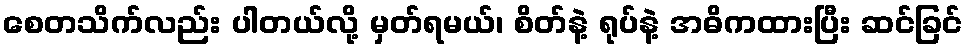
စေတသိက်လည်း ပါတယ်လို့ မှတ်ရမယ်၊ စိတ်နဲ့ ရုပ်နဲ့ အဓိကထားပြီး ဆင်ခြင်